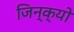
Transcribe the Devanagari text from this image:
जिन्क्यो